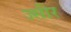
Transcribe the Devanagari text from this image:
ज्सीर